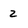
Character: 2